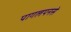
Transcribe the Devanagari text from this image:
पागलपनसे